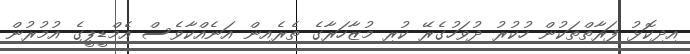
އިދިކޮޅު ފަރާތްތަކުން ހުކުރު ދުވަހުގެރޭ ކުރި މުޒާހަރާގެ ތެރެއިން އަނެއްކާވެސް އެމްޑީޕީގެ އުމުރުން